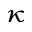
\scriptscriptstyle \kappa